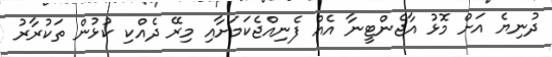
ދުނިޔެ އަށް މޮޅު އާޖެންޓީނާ އެއް ފެނިއްޖެކަމަށާއި މިރޭ ދެއްކި ކުޅުން ތަކުރާރު